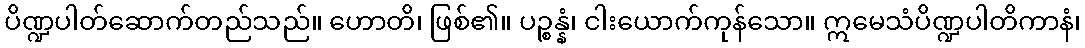
ပိဏ္ဍပါတ်ဆောက်တည်သည်။ ဟောတိ၊ ဖြစ်၏။ ပဉ္စန္နံ၊ ငါးယောက်ကုန်သော။ ဣမေသံပိဏ္ဍပါတိကာနံ၊